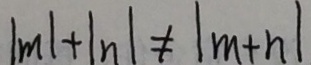
\vert m \vert + \vert n \vert \neq \vert m + n \vert